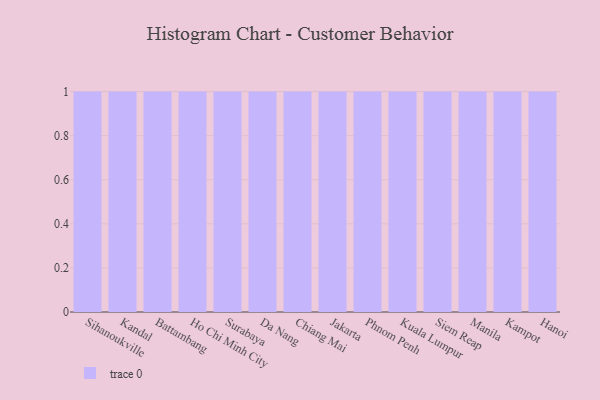
{"axis": {"x": "City", "y": "Humidity (%)"}, "legend": [""], "data": [{"x": "Sihanoukville", "y": 45, "type": ""}, {"x": "Kandal", "y": 49, "type": ""}, {"x": "Battambang", "y": 5, "type": ""}, {"x": "Ho Chi Minh City", "y": 4, "type": ""}, {"x": "Surabaya", "y": 78, "type": ""}, {"x": "Da Nang", "y": 1, "type": ""}, {"x": "Chiang Mai", "y": 28, "type": ""}, {"x": "Jakarta", "y": 4, "type": ""}, {"x": "Phnom Penh", "y": 1, "type": ""}, {"x": "Kuala Lumpur", "y": 10, "type": ""}, {"x": "Siem Reap", "y": 93, "type": ""}, {"x": "Manila", "y": 52, "type": ""}, {"x": "Kampot", "y": 36, "type": ""}, {"x": "Hanoi", "y": 90, "type": ""}]}